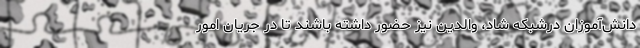
دانش‌آموزان درشبکه شاد، والدین نیز حضور داشته باشند تا در جریان امور